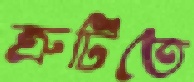
ত্রুটিতে